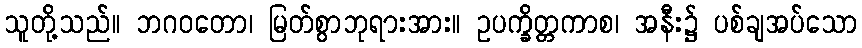
သူတို့သည်။ ဘဂဝတော၊ မြတ်စွာဘုရားအား။ ဥပက္ခိတ္တကာစ၊ အနီး၌ ပစ်ချအပ်သော